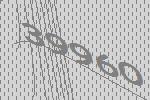
39960